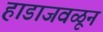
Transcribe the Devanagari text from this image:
हाडाजवळून